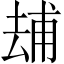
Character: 𠬃